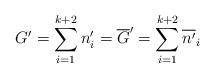
LaTeX: \begin{align*}G' = \sum_{i=1}^{k+2} n'_i = \overline{G}' = \sum_{i=1}^{k+2} \overline{n'}_i\end{align*}